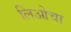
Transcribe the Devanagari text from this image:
लिओचा